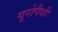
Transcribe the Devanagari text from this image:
यूरोपैथी